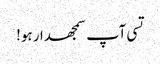
تسی آپ سمجھدار ہو!